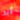
أريد